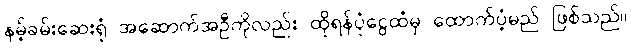
နမ့်ခမ်းဆေးရုံ အဆောက်အဦကိုလည်း ထိုရန်ပုံငွေထံမှ ထောက်ပံ့မည် ဖြစ်သည်။